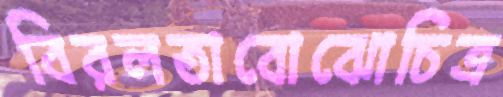
বিরলতাবোঝোচিত্র